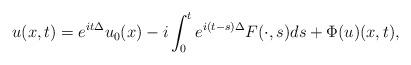
LaTeX: \begin{align*}u(x,t)=e^{it\Delta}u_0(x)-i\int_0^te^{i(t-s)\Delta}F(\cdot,s)ds+\Phi(u)(x,t),\end{align*}